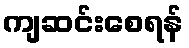
ကျဆင်းစေရန်